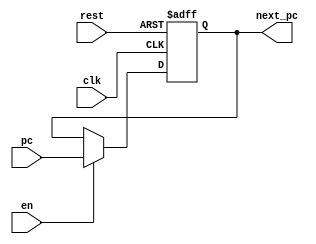
/**********************/
module flopr(input clk,
            input rest,
            input en,
           	input [31:0] pc,
           	output [31: 0] next_pc);

reg [31:0] pc_n;

initial begin pc_n <= 0; end

always @(posedge clk or posedge rest)
begin  //reset is triggered when volt is high
      if(rest) 
         pc_n <= 0;
      else if(en)
         pc_n <= pc;
end

assign next_pc = pc_n ;

endmodule

/******************************************************************/

module reg32_en (input [31:0] A,
	           input clk,
	           input rst,
	           input en,
	           output [31:0] S);
reg [31:0] temp;
initial begin temp <= 0; end

always @(posedge clk) 
begin
    if (rst)
      temp <= 0;
	else if (en) 
	  temp <= A;
end

assign S = temp;

endmodule

//the 32 - bit data should be stored in reg for next circlr
//e.g. instr \ ALUsrcA \ ALUsrcB \ ALUres \ Memdata
/******************************************************************/

module reg32 (input [31:0] A,
	          input clk,
	          input rst,
	          output [31:0] S);
reg [31:0] temp;
initial temp <= 0;
always @(posedge clk or posedge rst ) 
begin
	if (rst) 
		temp <= 0;
	else 
	    temp <= A;
end

assign  S = temp;

endmodule

/******************************************************************/
//it is the same as the one of single - cycled so far 
//regfile
`timescale 1ns / 1ps
module regfile(
	input clk, wen, rst,
	input [4:0] ra1, ra2,
	input [4:0] wadd,
	input [31:0] wdata,
  input [4:0] sl,
	output [31:0] rd1, rd2,
  output [31:0] data_s);

reg [31:0] rf [31:0];  //32 32-bit registerfile
integer i;

initial
  begin
  for(i = 0; i < 32; i = i + 1)
  rf[i] = 32'b0;
  end
  
always @(posedge clk or posedge rst) 
begin
    if(rst)
    begin
       for(i = 0; i < 32; i = i + 1)
       begin
       	rf[i] = 32'b0;
       	end
    end
    //if rest, all the register will be cleared
	else if (wen && (wadd != 0))
	     rf[wadd] = wdata;
	else
	    rf[wadd] = rf[wadd];
end
     //register 0 cannot be changed
assign rd1 = (ra1 != 0) ? rf[ra1] : 0;
assign rd2 = (ra2 != 0) ? rf[ra2] : 0;
assign data_s = (sl != 0) ? rf[sl] : 0;

/*always@(*)
begin
case(ra1)
   5'b0:rd1 = 32'b0;
   default:rd1 = rf[ra1];
   endcase
case(ra2)
    5'b0:rd2 = 32'b0;
    default:rd2 = rf[ra2];
    endcase
end*/

endmodule

/*****************************************************************/
//it is the same as the one of single - cycled so far 

module ALU(input [31:0] A,
	       input [31:0] B,
	       input [3:0] alucont,
	       output [31:0] result,
	       output zero,
	       output neg,
	       output reg overflow
	       );

reg [32:0] temp;
wire signed [31:0] SrcA = A, SrcB = B;

parameter ADDU = 4'b0000,
          SUBU = 4'b0001,
          ADD  = 4'b0010,
          SUB  = 4'b0011,
          OR   = 4'b0100,
          AND  = 4'b0101,
          XOR  = 4'b0110,
          NOR  = 4'b0111,
          SLTU = 4'b1000,
          SLT  = 4'b1001,
          SLL  = 4'b1010,
          SRL  = 4'b1011,
          SRA  = 4'b1100,
          LUI  = 4'b1101;

always @(*)
case(alucont)
    ADDU: begin temp = A + B; overflow = 0; end// addu
    SUBU: begin temp = A - B; overflow = 0; end// subu
    ADD : begin temp = SrcA + SrcB; overflow = temp[31] ^ temp[32]; end   // r = a + b (signed) add
    SUB : begin temp = SrcA - SrcB; overflow = temp[31] ^ temp[32]; end  // r = a - b (signed) sub
    AND : begin temp = A & B;overflow = 0; end  // r = a & b and
    OR  : begin temp = A | B;overflow = 0; end  // r = a | b or
    XOR : begin temp = A ^ B;overflow = 0; end  // r = a ^ b xor
    NOR : begin temp = ~(A | B);overflow = 0; end // r = ~(a | b) nor
    SLT : begin temp = (SrcA < SrcB) ? 1 : 0;overflow = 0; end// slt
    SLTU: begin temp = (A < B) ? 1 : 0; overflow = 0; end
    SLL : begin temp = B << A; overflow = 0; end //sll
    SRL : begin
            if(A == 0)
            {temp[31:0], temp[32]} = {B, 1'b0};
            else 
            {temp[31:0],temp[32]} = B >> (A - 1); // srl
            overflow = 0;
          end
    SRA : begin
    	      if(A == 0)
    	      {temp[31:0], temp[32]} = {B, 1'b0};
    	      else {temp[31:0], temp[32]} = SrcB >>> (A - 1); // sra
    	      overflow = 0;
    	    end
    LUI : begin
          {temp[31:0], temp[32]} = {B[15:0], 17'b0};
          overflow = 0;
          end
    default:begin temp = A + B; overflow = 0; end

endcase
assign  result = temp[31:0] ;
assign  zero = (result == 32'b0) ? 1 : 0;
assign  neg = result[31];
endmodule


/*****************************************************************/
module mux4_32 (input [31:0] d1,
	            input [31:0] d2,
	            input [31:0] d3,
	            input [31:0] d4,
	            input [1:0] s,
	            output reg [31:0] r);

always @(*)
begin
case(s)
    2'b00: r = d1;
    2'b01: r = d2;
    2'b10: r = d3;
    2'b11: r = d4;
endcase
end
endmodule

/*******************************************************/

module mux2_32(input [31:0] d1,
	          input [31:0] d2,
	          input s,
	          output reg [31:0] r);
always @(*) 
begin
case(s)
   1'b0: r = d1;
   1'b1: r = d2;
endcase
end
endmodule
/*******************************************************/

module mux3_5(input [4:0] d1,
	          input [4:0] d2,
	          input [4:0] d3,
	          input [1:0] s,
	          output reg [4:0] r);
always @(*) 
begin
case(s)
   2'b00: r = d1;
   2'b01: r = d2;
   2'b10: r = d3;
   default: r = d1; // impossible
endcase
end
endmodule

/*******************************************************/

module mux3_32(input [31:0] d1,
	          input [31:0] d2,
	          input [31:0] d3,
	          input [1:0] s,
	          output reg [31:0] r);
always @(*) 
begin
case(s)
   2'b00: r = d1;
   2'b01: r = d2;
   2'b10: r = d3;
   default: r = d1; // impossible
endcase
end
endmodule

/*******************************************************/

module mux5_32(input [31:0] d1,
	           input [31:0] d2,
	           input [31:0] d3,
	           input [31:0] d4,
	           input [31:0] d5,
	           input [2:0] s,
	           output reg [31:0] r);
always @(*) 
begin
case(s)
   3'b000: r = d1;
   3'b001: r = d2;
   3'b010: r = d3;
   3'b011: r = d4;
   3'b100: r = d5;
   default: r = d1; // impossible
endcase
end
endmodule

/*******************************************************/

module jumpadd(input [25:0] a,
	           input [3:0] p,
	           output [31:0] ja);
assign ja = {p, a, 2'b00} ;
endmodule

/*******************************************************/

module signext(input [15:0] a,
             input s,
	           output [31:0] y);


assign y = (s == 1) ? {{16{a[15]}},a} : {16'b0, a};

endmodule

/***************************************************/
module extender(input [4:0] shamt,
                output [31:0] s);
assign s = {27'b0, shamt} ;

endmodule